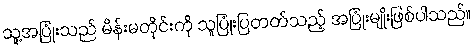
သူ့အပြုံးသည် မိန်းမတိုင်းကို သူပြုံးပြတတ်သည့် အပြုံးမျိုးဖြစ်ပါသည်။